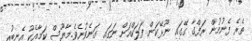
ތެރެ ފެނުމުން ރަފްގާ ގޭގައި ނޫޅޭކަން ފަލަކްއަށް ނަގައި ގަނެވުނެވެ.މާޔޫސް ކަމާއެކު އެނބުރި